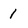
Character: 1